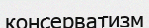
консерватизм